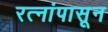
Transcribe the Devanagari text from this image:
रत्‍नांपासून